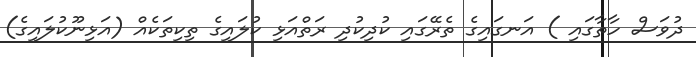
ދުވަސް ހާތާގައި ) އަނގައިގެ ތެރޭގައި ކުދިކުދި ރަތްއަޅި ކުލައިގެ ތިކިތަކެއް (އަޅިނޫކުލައިގެ)